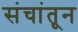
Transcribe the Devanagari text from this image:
संचांतून